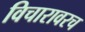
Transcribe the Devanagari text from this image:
विचारावरच